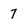
Character: 7